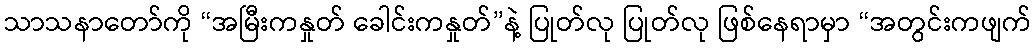
သာသနာတော်ကို “အမြီးကနှုတ် ခေါင်းကနှုတ်”နဲ့ ပြုတ်လု ပြုတ်လု ဖြစ်နေရာမှာ “အတွင်းကဖျက်